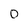
Character: 0